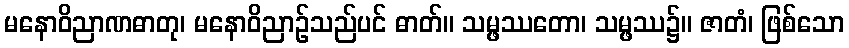
မနောဝိညာဏဓာတု၊ မနောဝိညာဉ်သည်ပင် ဓာတ်။ သမ္ဖဿတော၊ သမ္ဖဿ၌။ ဇာတံ၊ ဖြစ်သော